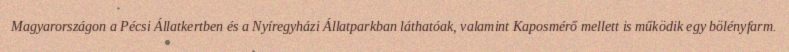
Magyarországon a Pécsi Állatkertben és a Nyíregyházi Állatparkban láthatóak, valamint Kaposmérő mellett is működik egy bölényfarm.